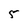
Character: 5